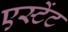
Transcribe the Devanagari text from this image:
एस्टेंट